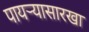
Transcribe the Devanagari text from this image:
पायऱ्यासारखा